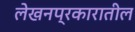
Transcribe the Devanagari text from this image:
लेखनप्रकारातील